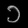
Digit: ၁